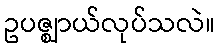
ဥပဇ္ဈာယ်လုပ်သလဲ။